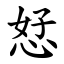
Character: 恏